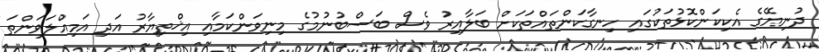
ދުނިޔޭގެ އެކިކަންކޮޅުތަކުގައި ހިނގާކަންތައްތަކަށް ބަލާއިރު ވެސް ބަސްބުނުމުގެ މިނިވަންކަމާއި އިޚްތިޔާރު އަދި އަމިއްލަވަންތަ